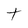
Character: t